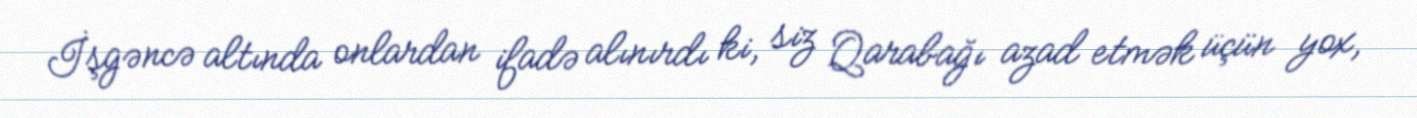
İşgəncə altında onlardan ifadə alınırdı ki, siz Qarabağı azad etmək üçün yox,